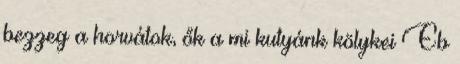
bezzeg a horvátok, ők a mi kutyánk kölykei Eb